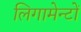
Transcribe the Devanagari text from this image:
लिगामेन्टों